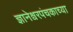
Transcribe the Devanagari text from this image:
ज्ञानेश्वरपंचकाच्या